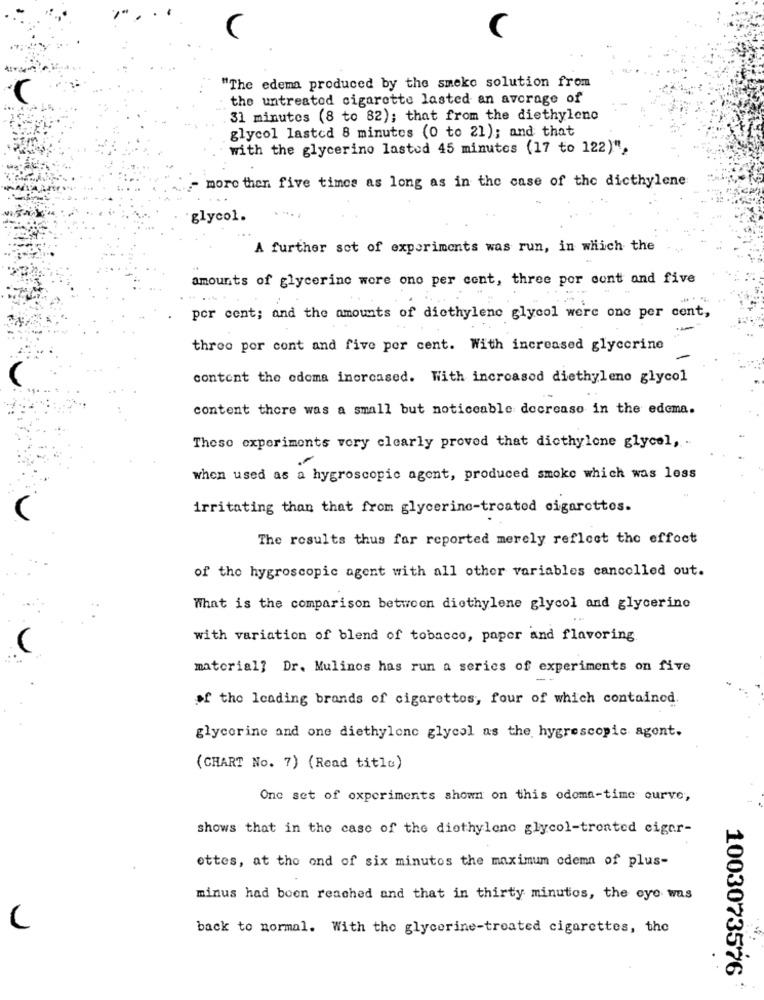
(
"The edema produced by the smoke solution from
the untreated cigarette lasted an average of
31 minutes (8 to 82); that from the diethylene
glycol lasted 8 minutes (0 to 21); and that
with the glycerino lasted 45 minutes (17 to 122)",
more then five times as long as in the case of the dicthylene
glycol.
A further set of experiments was run, in which the
amounts of glycerine wore ono per cont, three por cont and five
por cent; and the amounts of diethylene glycol were one per cent,
three por cont and five per cent. With increased glycerine
content the odoma inercased. With increased diethylene glycol
content there was a small but noticeable decrease in the edema.
These experiments very clearly proved that dicthylene glycol, .
when used as a hygroscopic agent, produced smoke which was less
irritating than that from glycerine-treated cigarettes.
The results thus far reported merely reflect the effect
of the hygroscopic agent with all other variables cancelled out.
What is the comparison between diethylene glycol and glycerino
with variation of blend of tobacco, paper and flavoring
material? Dr. Mulinos has run a series of experiments on five
of the leading brands of cigarettes, four of which contained.
glycerine and one diethylonc glycol as the hygrescopic agent.
(CHART No. 7) (Read title)
One set of experiments shown on this odoma-time curve,
shows that in the case of the diethylene glycol-treated cigar-
ottes, at the end of six minutos the maximum edema of plus-
minus had been reached and that in thirty minutos, the eye was
back to normal. With the glycerine-treated cigarettes, the
1003073576